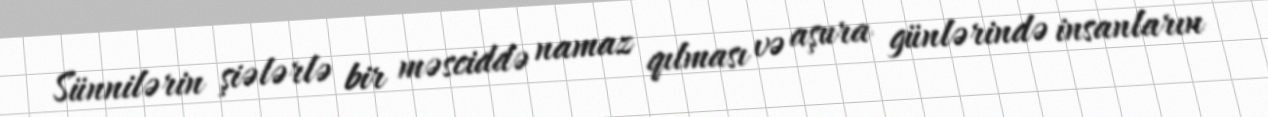
Sünnilərin şiələrlə bir məsciddə namaz qılması və aşura günlərində insanların